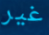
غير